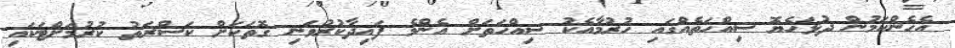
އެހެންކަމުން ދުޅަހެޔޮ ސިއްހަތެއްގައި ހުރުމާއެކު ސިއްހަތަށް އެންމެ ފައިދާކުރުވަނި ގޮތަކަށް ކަސްރަތު ކުރުމަށްޓަކައި